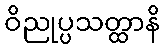
ဝိညုပ္ပသတ္ထာနိ